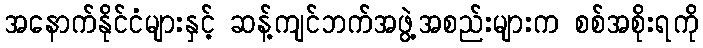
အနောက်နိုင်ငံများနှင့် ဆန့်ကျင်ဘက်အဖွဲ့အစည်းများက စစ်အစိုးရကို